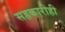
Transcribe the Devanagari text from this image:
सहकारीही